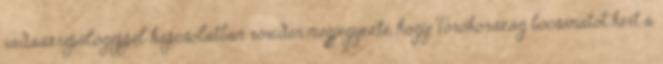
vadászrepülőgéppel kapcsolatban röviden megjegyezte, hogy Törökország bocsánatot kért a